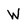
Character: W